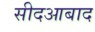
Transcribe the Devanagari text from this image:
सीदआबाद